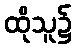
ထိုသူ၌